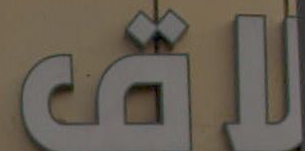
لاق